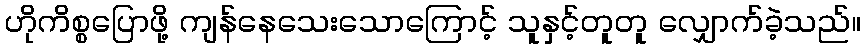
ဟိုကိစ္စပြောဖို့ ကျန်နေသေးသောကြောင့် သူနှင့်တူတူ လျှောက်ခဲ့သည်။